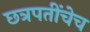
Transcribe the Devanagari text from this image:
छत्रपतींचेच